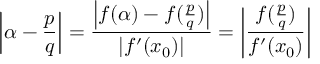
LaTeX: \left| \alpha - { \frac { p } { q } } \right| = { \frac { \left| f ( \alpha ) - f ( { \frac { p } { q } } ) \right| } { | f ^ { \prime } ( x _ { 0 } ) | } } = \left| { \frac { f ( { \frac { p } { q } } ) } { f ^ { \prime } ( x _ { 0 } ) } } \right|